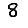
Digit: 8